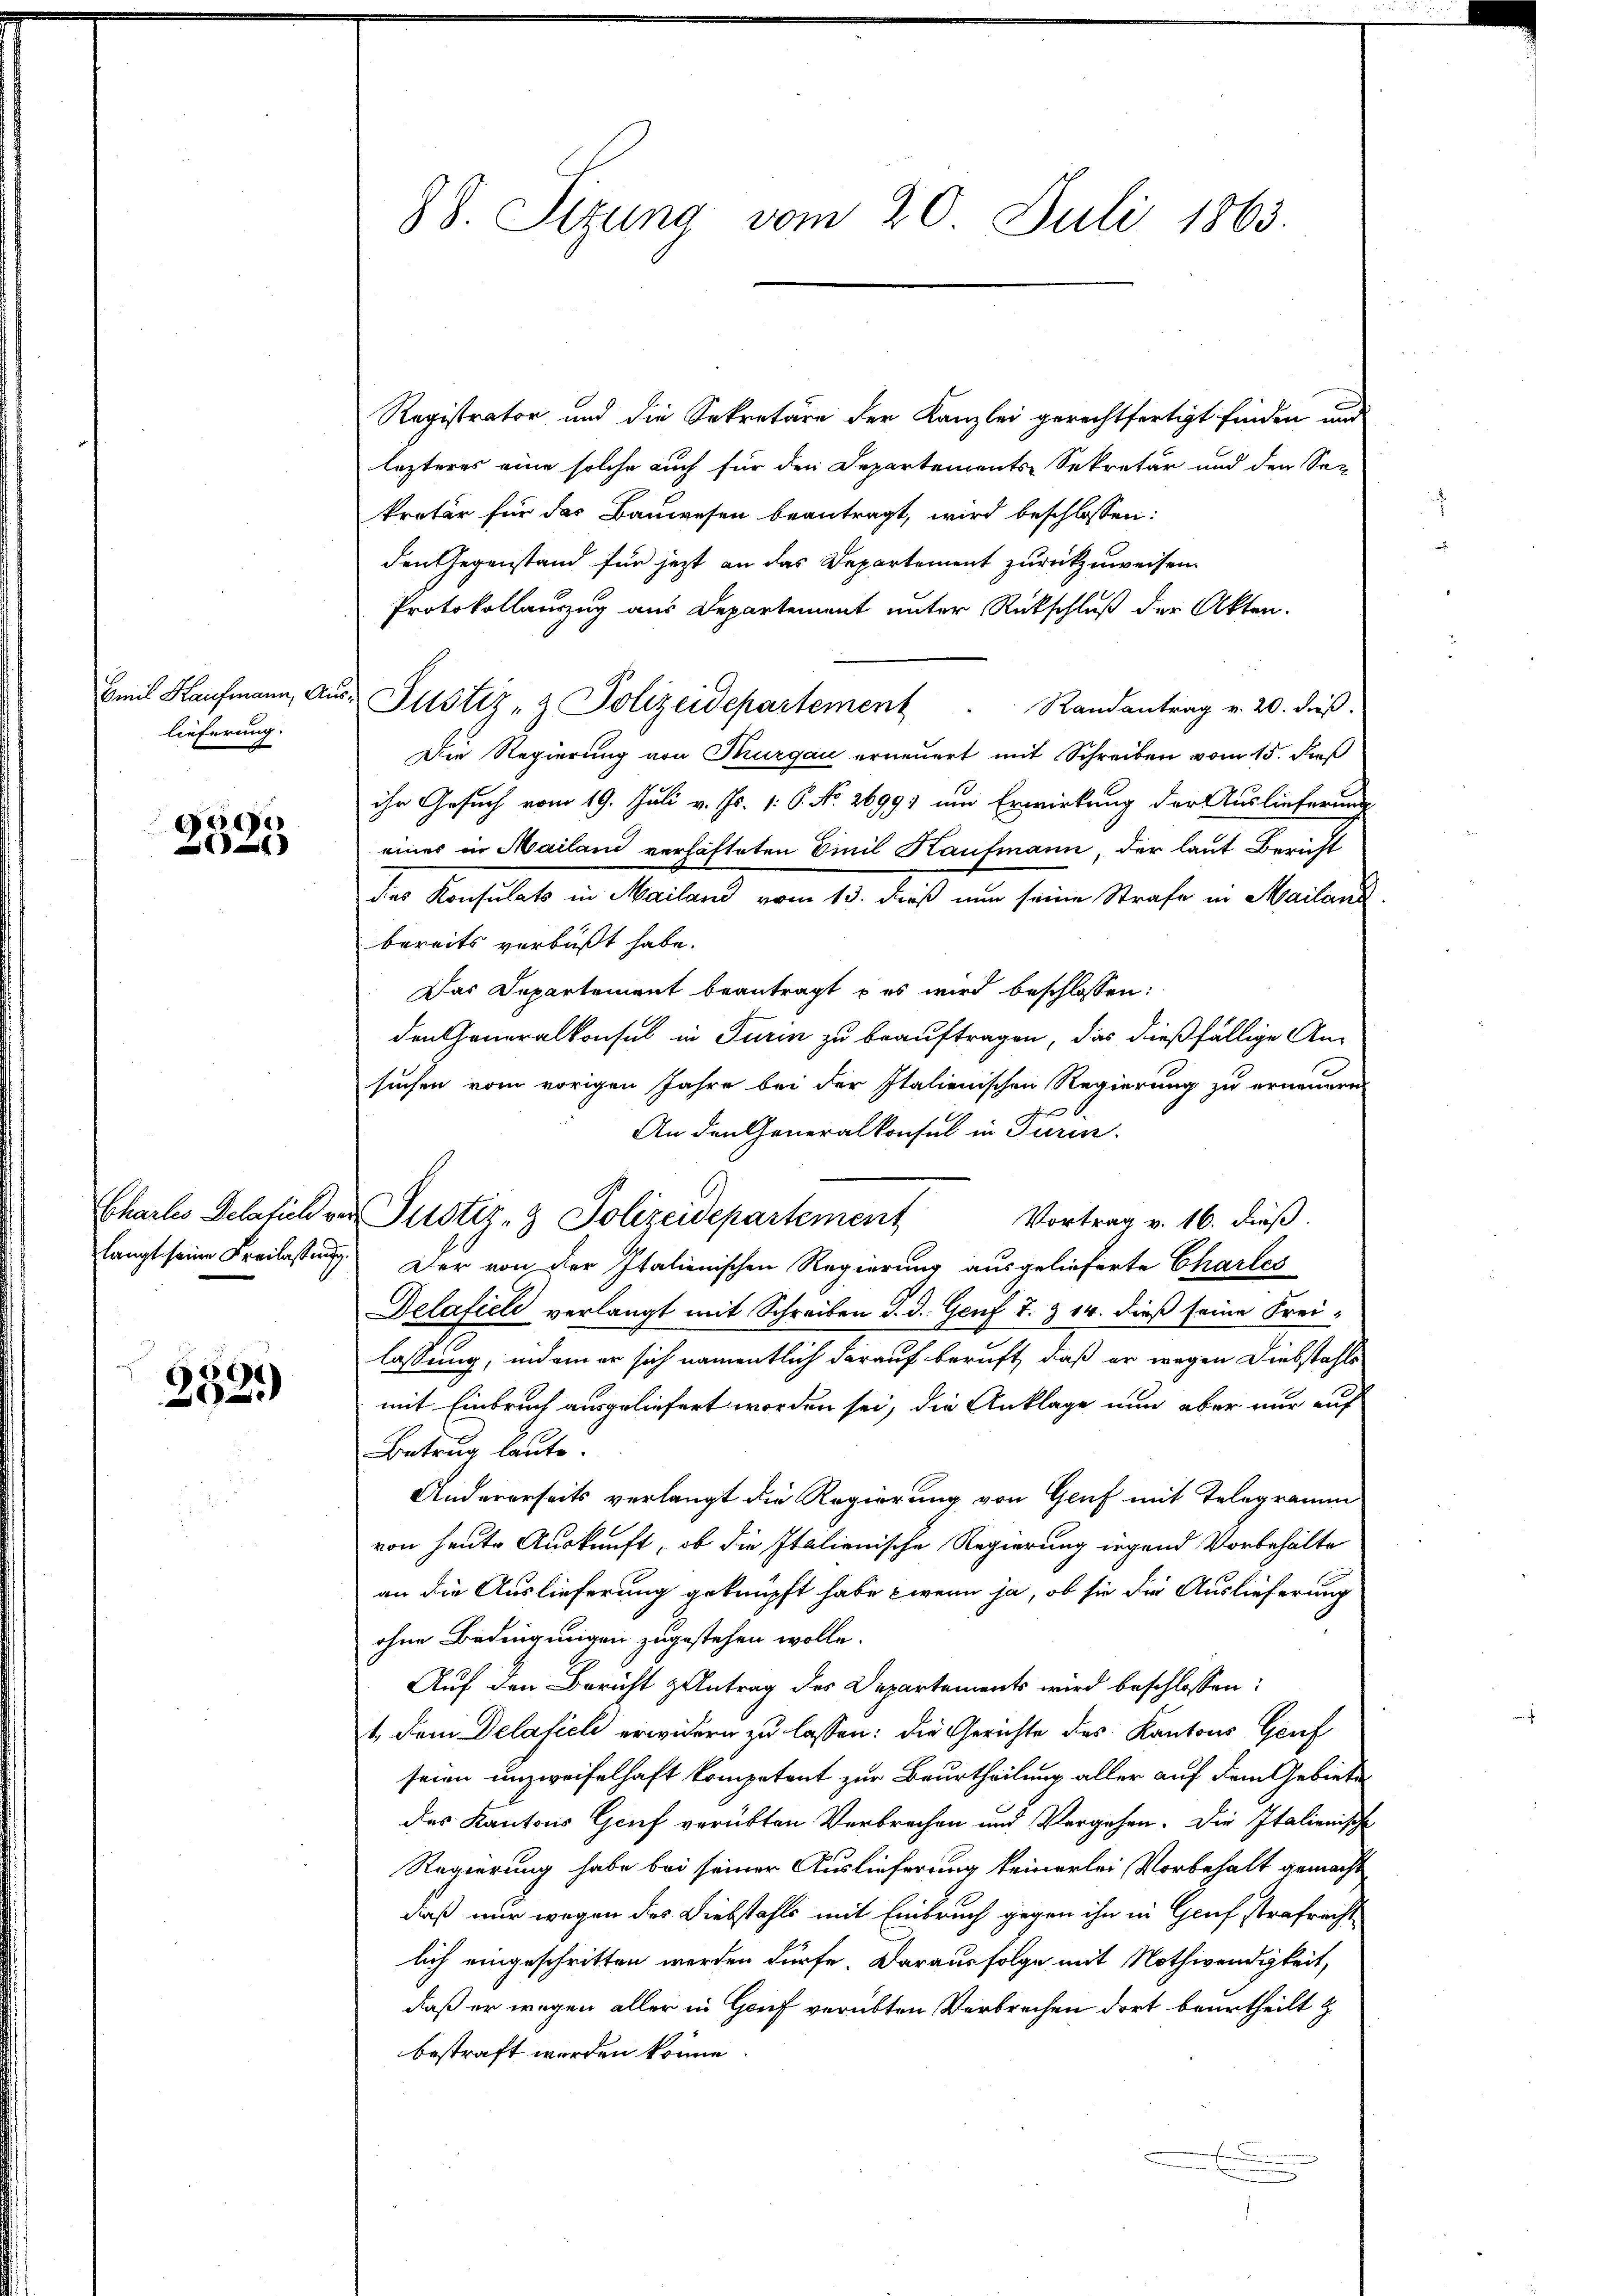
Emil Kaufmann, An
lieferung.

9500
)

6
02

88. Sitzung vom 20. Juli 1863.

Registrator und die Sekretäre der Kanzlei gerechtfertigt finden und
lezteres eine solche auch für den Departements-Sekretär und den See
kretär für das Bauwesen beantragt, wird beschlossen:
den Gegenstand für jezt an das Departement zurückzuweisen.
Protokollauszug aus Departement unter Rückschluß der Akten.
 Justiz- & Polizeidepartement. Randantrag v. 20. dieβ.
Die Regierung von Thurgau erneuert mit Schreiben vom 15. dieß
ihr Gesuch vom 19. Juli v. Js. v. 6. No. 26991 um Erwirkung der Auslieferung
eines in Mailand verhafteten Einil Kaufmann, der laut Bericht
des Konsulats in Mailand vom 13. dieß nun seine Strafe in Mailanz
bereits verbüßt habe.
Das Departement beantragt u es wird beschlossen:
den Generalkonsul in Turin zu beauftragen, das dießfällige An-
suchen vom vorigen Jahre bei der Italienischen Regierung zu erneuern
An den Generalkonsul in Turin.
Vortrag v. 16. dieß.
langt seine Freilastung. Der von der Italienischen Regierung ausgelieferte Charles
Delafieli verlangt mit Schreiben d. d. Genf T. & 14. dieß seine Frei-
lassung, indem er sich namentlich darauf beruft, daß er wegen Diebstahls
mit Einbruch ausgeliefert worden sei, die Anklage nun aber nur auf
Betrug laute.
Andererseits verlangt die Regierung von Genf mit Telegramm
von heute Auskunft, ob die Italienische Regierung irgend Vorbehalte
an die Auslieferung geknüpft habe wenn ja, ob sie die Auslieferung
ohne Bedingungen zugestehen wolle.
Auf den Bericht zentrag der Departements wird beschlossen:
1. Dem Delafiel erwidern zu lassen: die Gerichte des Kantons Genf
seien unzweifelhaft kompetent zur Beurtheilung aller auf dem Gebiete
des Kantons Genf verübten Verbrechen und Vergehen. Die Italienisch
Regierung habe bei seiner Auslieferung keinerlei Vorbehalt gemacht
daß nur wegen des Diebstahls mit Einbruch gegen ihn in Genf strafrecht
lich eingeschritten werden dürfe. Daraus folge mit Nothwendigkeit,
daß er wegen aller in Genf verübten Verbrechen dort beurtheilt z
bestraft worden könne.
.

Chails Delatich vor Justiz- & Polizeidepartement